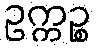
ဥက္ကဉ္စ